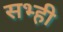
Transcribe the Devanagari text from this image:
सभ्ही